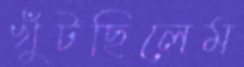
খুঁটছিলেম